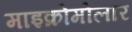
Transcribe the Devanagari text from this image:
माइक्रोमोलार